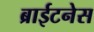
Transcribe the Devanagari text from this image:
ब्राईटनेस